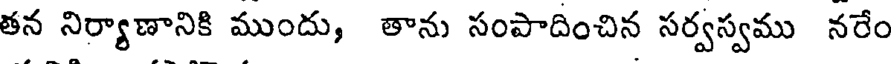
తన నిర్యాణానికి ముందు, తాను సంపాదించిన సర్వస్వము నరేం